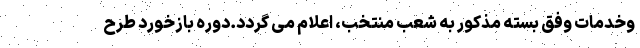
وخدمات وفق بسته مذکور به شعب منتخب، اعلام می گردد.دوره بازخورد طرح